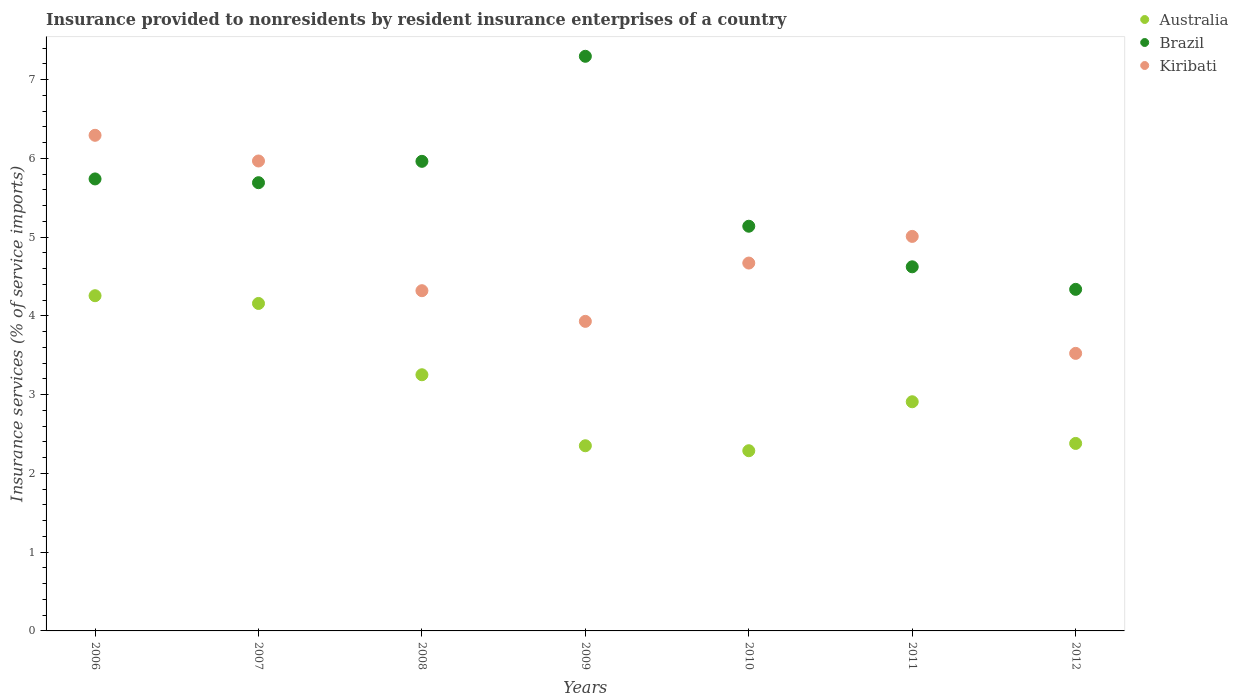
| Years | Australia | Brazil | Kiribati |
 | --- | --- | --- | --- |
 | 2006 | 4.26 | 5.74 | 6.29 |
 | 2007 | 4.16 | 5.69 | 5.97 |
 | 2008 | 3.25 | 5.96 | 4.32 |
 | 2009 | 2.35 | 7.3 | 3.93 |
 | 2010 | 2.29 | 5.14 | 4.67 |
 | 2011 | 2.91 | 4.62 | 5.01 |
 | 2012 | 2.38 | 4.34 | 3.52 |